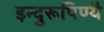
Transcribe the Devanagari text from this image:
इन्दुरूपिण्यै